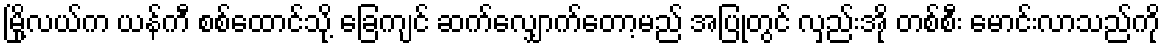
မြို့လယ်က ယန်ကီ စစ်ထောင်သို့ ခြေကျင် ဆက်လျှောက်တော့မည် အပြုတွင် လှည်းအို တစ်စီး မောင်းလာသည်ကို